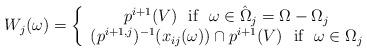
LaTeX: \begin{align*}W_j(\omega)=\left\{ \begin{array}{c} p^{i+1}(V) \ \ \mbox{if} \ \ \omega\in \hat\Omega_j=\Omega-\Omega_j\\ (p^{i+1,j})^{-1}(x_{ij}(\omega))\cap p^{i+1}(V) \ \ \mbox{if} \ \ \omega\in \Omega_j \end{array}\right.\end{align*}